Annual statistical returns and brief notes on vaccination in Bengal - 1887-1898
Year: 1887
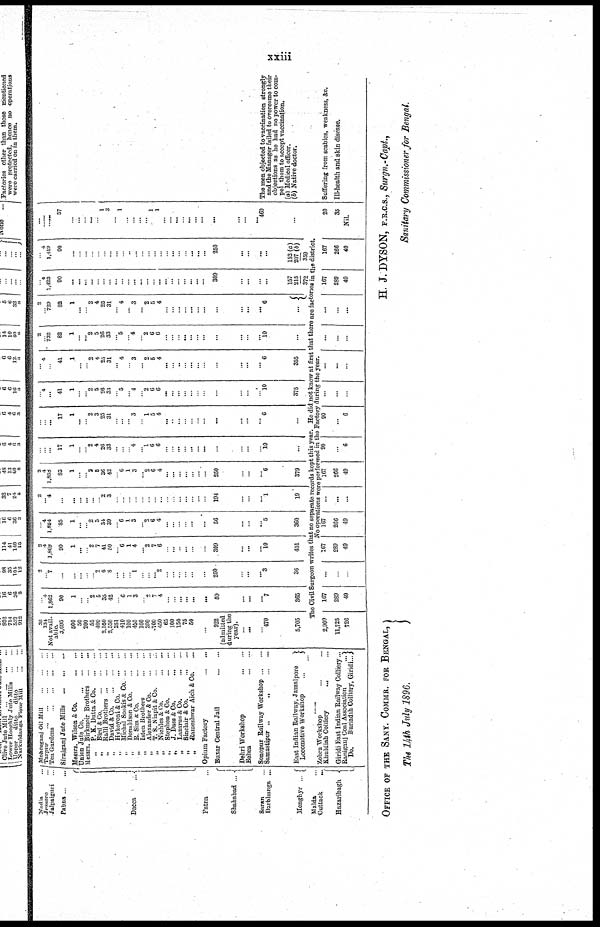
xxiii
Nadia ...
Jessore
...
Jalpaiguri ...
Pabna ... ...
Dacca
...
Patna ...
Shahabad ...
Saran ...
Darbhanga ...
Monghyr ...
Malda ...
Cuttack
...
Hazaribagh
Mohosganj Oil Mill
...
...
...
Tarpur
...
...
...
...
Tea Gardens
...
...
...
...
Sirajganj Jute Mills
...
...
...
Messrs. Wilson & Co.
...
...
Union Jute Co.
...
...
...
Messrs. Birkmoir Brothers
...
...
„
P. K. Dutta & Co. ... ...
„
Bird & Co.
...
...
...
Ralli Brothers ... ... ...
„
David & Co. ... ... ...
„
Hykoyoni & Co. ... ...
„
Michal Sookis & Co. ... ...
„
Donaldson & Co. ... ...
„
R. Sim & Co.
...
„ Isten Brothers
...
...
„
Alexander & Co.
...
...
„
T. S. Niapit & Co. ... ...
„
Nichlcs & Co.
...
...
„
Stephen & Co.
...
...
„
J. Dass & Co.
...
...
„
Lazarus & Co.
...
...
„
Sinclair & Co.
...
...
„
Rameshwar Aich & Co.
Opium Factory
...
...
Buxar Central Jail
...
...
Dehri Workshop
...
...
Behea
...
...
Sonepur Railway Workshop ... ...
Samastipur „
„
...
...
East Indian Railway, Jamalpore
Locomotive Workshop
...
...
Zobra Workshop ... ...
Khuldiah Colliery ... ...
Giridi East Indian Railway Colliery...
Ranigauj Coal Association
...
Do.
Buriadih Colliery, Giridi...
32
134
Not avail-
able.
3,095
500
50
200
55
400
2,550
2,550
251
410
100
450
100
300
700
450
65
100
150
75
50
...
922
(admitted
during the
year).
...
...
...
470
5,705
...
4
1,862
90
1
...
...
2
5
35
42
...
6
1
3
...
2
7
4
...
...
...
...
...
...
59
...
...
...
7
365
2
... 7
...
...
...
...
...
2
6
8
...
...
...
1
...
...
... 2
...
...
...
...
...
...
250
...
...
... 3
36
2
4
l,869
90
1
...
...
2
7
41
50
...
6
1
4
...
2
7
6
...
...
...
...
...
...
309
...
...
... 10
401
... 4
1,854
85
1
...
... 2
5
34
39
...
6 1 3
...
2
6
4
...
...
...
...
...
...
56
...
...
...
5
360
2
4
4
...
...
...
...
...
... 2
3
...
...
...
...
...
...
...
...
...
...
...
...
...
...
194
...
...
...
1
19
2
4
1,858
85
1
...
...
2
5
36
42
...
6 1
3
...
2
6
4
...
...
...
...
...
...
250
...
...
...
6
379
...
...
...
17
1
... ...
2
4
26
33
...
...
...
4 ... 1
6
6
...
...
...
...
...
...
...
...
...
...
10
...
...
...
...
17
1
... ...
2
3
25
31
...
...
...
3
...
1
5
4
...
...
...
...
...
...
...
... ...
... 6
...
...
...
...
41
1
... ...
2
5
26
33
5
...
...
4 ...
2
6
6
...
...
...
...
...
...
...
...
...
... 10
375
...
...
...
41
1
...
... 2
4
25
31
4
...
...
3
...
2
6
4
...
...
...
...
...
...
...
...
...
... 6
355
2
... 732
82
1
... ...
2
5
26
33
5
...
...
4 ...
2
6
6
...
...
...
...
...
...
...
...
...
... 10
...
2
... 729
82
1
...
...
2
4
25
31
4
...
...
3
...
2
5
4
...
...
...
...
...
...
...
...
...
... 6
...
...
...
1,423
90
...
...
...
...
...
...
...
...
...
...
...
...
...
...
...
...
...
...
...
...
...
309
...
...
...
...
157
215
372
...
... 1,419
90
...
...
...
...
...
...
...
...
... ...
...
...
...
...
...
...
...
...
...
...
...
250
...
...
...
...
152 (a)
207(b)
359
......
...... ......
57
...
...
...
...
...
1
3
1
...
...
...
...
1
...
1
...
...
...
...
...
...
...
...
...
460
...
...
The Civil Surgeon writes that no separate records kept this year. He did not know at first that there ore factories in the district.
No operations were performed in the Factory during the year.
2,909
11,725
726
167
289
49
...
...
...
167
289
49
167
266
49
...
...
...
167
266
49
90
...
6
90
...
6
...
...
...
...
...
...
...
...
...
...
...
...
167
289
49
167
266
49
20
35
Nil.
The men objected to vaccination strongly
and the Manager failed to overcome their
objections as he bad no power to com-
pel them to accept vaccination.
(a) Medical officer.
(b) Native doctor.
Suffering from scabies, weakness, &c.
III-health and skin disease.
OFFICE OF THE SANY. COMMR. FOR BENGAL,
The 14th July 1896.
H. J. DYSON, F.R.C.S., Surgn.-Capt.,
Sanitary Commissioner for Bengal.